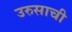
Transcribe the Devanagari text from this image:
उरुसाची